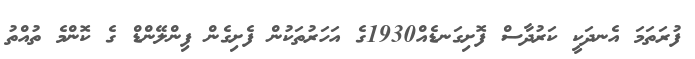
ފުރަތަމަ އެނދަކީ ކަރުދާސް ފޮށިގަނޑެއް1930ގެ އަހަރުތަކުން ފެށިގެން ފިންލޭންޑް ގެ ކޮންމެ ތުއްތު